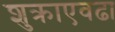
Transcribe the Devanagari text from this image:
शुक्राएवढा